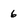
Character: 6